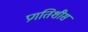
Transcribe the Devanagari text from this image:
प्रगतिशीस